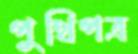
পুথিপত্র